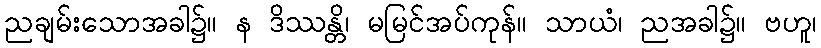
ညချမ်းသောအခါ၌။ န ဒိဿန္တိ၊ မမြင်အပ်ကုန်။ သာယံ၊ ညအခါ၌။ ဗဟူ၊